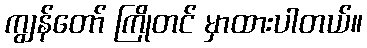
ကျွန်တော် ကြိုတင် မှာထားပါတယ်။